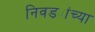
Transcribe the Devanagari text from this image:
निवड्यांच्या